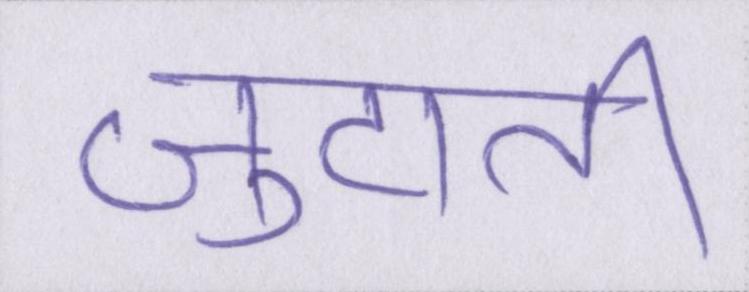
जुटाती